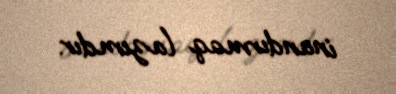
inandırmaq lazımdır.